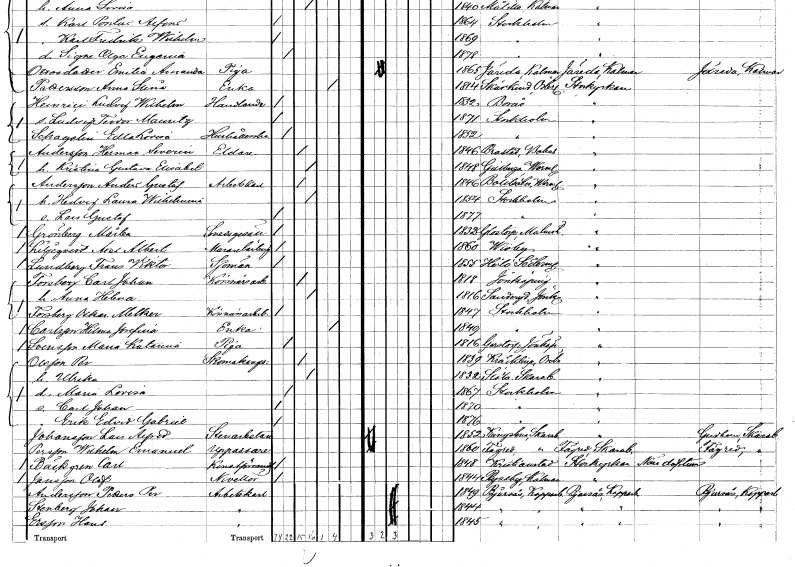
gt_parse: households: individuals: FN: Herman Severin
EN: Andersson
YRKE: Eldare
KON: M
CIV: G
FODAR: 1846
FODFORS: Brastad Göteborgs- och Bohuslän
FN: Kristina Gustava Elisabet
KON: K
CIV: G
FODAR: 1848
FODFORS: Gillberga Värmlands län
FN: Anders Gustaf
EN: Andersson
YRKE: Arbetskarl
KON: M
CIV: G
FODAR: 1846
FODFORS: Botilsäter Värmlands län
FN: Hedvig Laura Wilhelmina
KON: K
CIV: G
FODAR: 1854
FODFORS: Stockholm
FN: Lars Gustaf
KON: M
CIV: O
FODAR: 1877
FODFORS: Stockholm
FN: Mårten
EN: Grönberg
YRKE: Smedsgesäll
KON: M
CIV: O
FODAR: 1832
FODFORS: Glostorp Malmöhus län
FN: Axel Albert
EN: Liljeqvist
YRKE: Murarelärling
KON: M
CIV: O
FODAR: 1860
FODFORS: Visby Gotlands län
FN: Frans Viktor
EN: Lundberg
YRKE: Sjöman
KON: M
CIV: O
FODAR: 1855
FODFORS: Hölö Stockholms län
FN: Carl Johan
EN: Forsberg
YRKE: Körsnärsarbetare
KON: M
CIV: G
FODAR: 1818
FODFORS: Jönköping Jönköpings län
FN: Anna Helena
KON: K
CIV: G
FODAR: 1816
FODFORS: Fotskäl Älvsborgs län
FN: Oskar Melker
EN: Forsberg
YRKE: Körsnärsarbetare
KON: M
CIV: O
FODAR: 1847
FODFORS: Stockholm
FN: Hilma Josefina
EN: Carlsson
YRKE: Änka
KON: K
CIV: E
FODAR: 1849
FODFORS: Stockholm
FN: Maria Katarina
EN: Svensson
YRKE: Piga
KON: K
CIV: O
FODAR: 1816
FODFORS: Järstorp Jönköpings län
FN: Per
EN: Olsson
YRKE: Skomakaregesäll
KON: M
CIV: G
FODAR: 1839
FODFORS: Kräcklinge Örebro län
FN: Ulrika
KON: K
CIV: G
FODAR: 1832
FODFORS: Slöta Skaraborgs län
FN: Maria Lovisa
KON: K
CIV: O
FODAR: 1867
FODFORS: Stockholm
FN: Carl Johan
KON: M
CIV: O
FODAR: 1870
FODFORS: Stockholm
FN: Erik Edvid Gabriel
KON: M
CIV: O
FODAR: 1876
FODFORS: Stockholm
FN: Lars Alfred
EN: Johansson
YRKE: Stenarbetare
KON: M
CIV: O
FODAR: 1852
FODFORS: Kungslena Skaraborgs län
FN: Wilhelm Emanuel
EN: Persson
YRKE: Uppassare
KON: M
CIV: O
FODAR: 1860
FODFORS: Fägre Skaraborgs län
FN: Carl
EN: Bäckgren
YRKE: Konstförvandt
KON: M
CIV: O
FODAR: 1848
FODFORS: Kristianstad Kristianstads län
FN: Olof
EN: Jansson
YRKE: Nivellör
KON: M
CIV: O
FODAR: 1844
FODFORS: Ryssby Kalmar län
FN: Petter Per
EN: Andersson
YRKE: Arbetskarl
KON: M
CIV: G
FODAR: 1849
FODFORS: Bjursås Kopparbergs län
FN: Johan
EN: Stenberg
YRKE: Arbetskarl
KON: M
CIV: G
FODAR: 1844
FODFORS: Bjursås Kopparbergs län
FN: Hans
EN: Ersson
YRKE: Arbetskarl
KON: M
CIV: G
FODAR: 1845
FODFORS: Bjursås Kopparbergs län